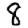
Digit: 8